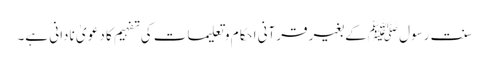
سنت رسول ﷺکے بغیر قرآنی احکام و تعلیمات کی تفہیم کا دعو یٰ نادانی ہے۔